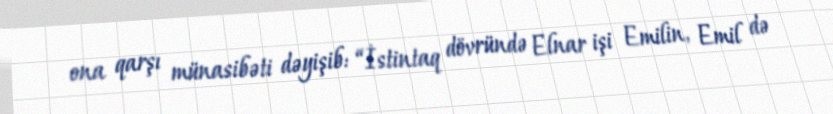
ona qarşı münasibəti dəyişib: “İstintaq dövründə Elnar işi Emilin, Emil də